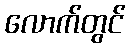
လောက်တွင်